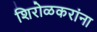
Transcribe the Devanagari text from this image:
शिरोळकरांना